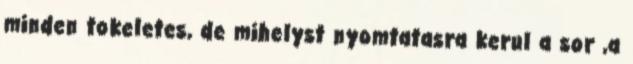
minden tokeletes, de mihelyst nyomtatasra kerul a sor ,a